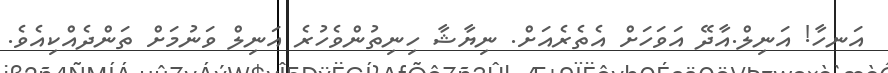
އަނހާ! އަނިލް.އާދޭ އަވަހަށް އެތެރެއަށް. ނިޔާޝާ ހިނިތުންވެހުރެ އަނިލް ވަނުމަށް ތަންދެއްކިއެވެ.